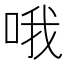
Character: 哦